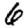
Digit: 6